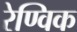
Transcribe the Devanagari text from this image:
रेण्विक